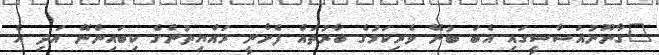
"ގާނޫނުއަސާސީގައި އެބަ ބުނޭ ވެރިކަމުގެ ބާރުތައް ފެށެނީ ރައްޔިތުންގެ ކިބައިންނޭ އަދި އެ